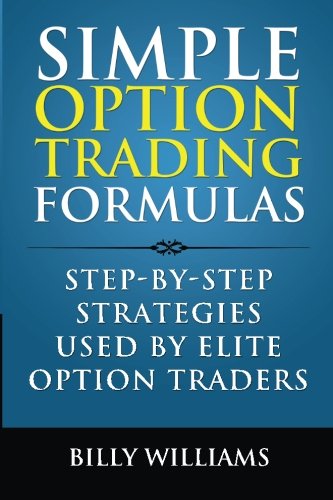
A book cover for Simple Option Trading Formulas: Step-By-Step Strategies Used By Elite Option Traders; Billy Williams; Business & Money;